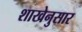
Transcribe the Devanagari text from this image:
शाखेनुसार